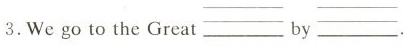
3.Wego to the Great_ by_.